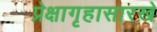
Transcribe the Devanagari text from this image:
प्रेक्षागृहासारखे